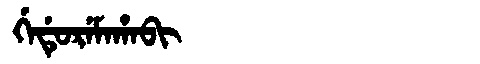
Manchu: ᡤᡝᡩᡠᡵᡝᠮᠠᡥᠠᠪᡳ
Romanization: GEDUREMAHABI